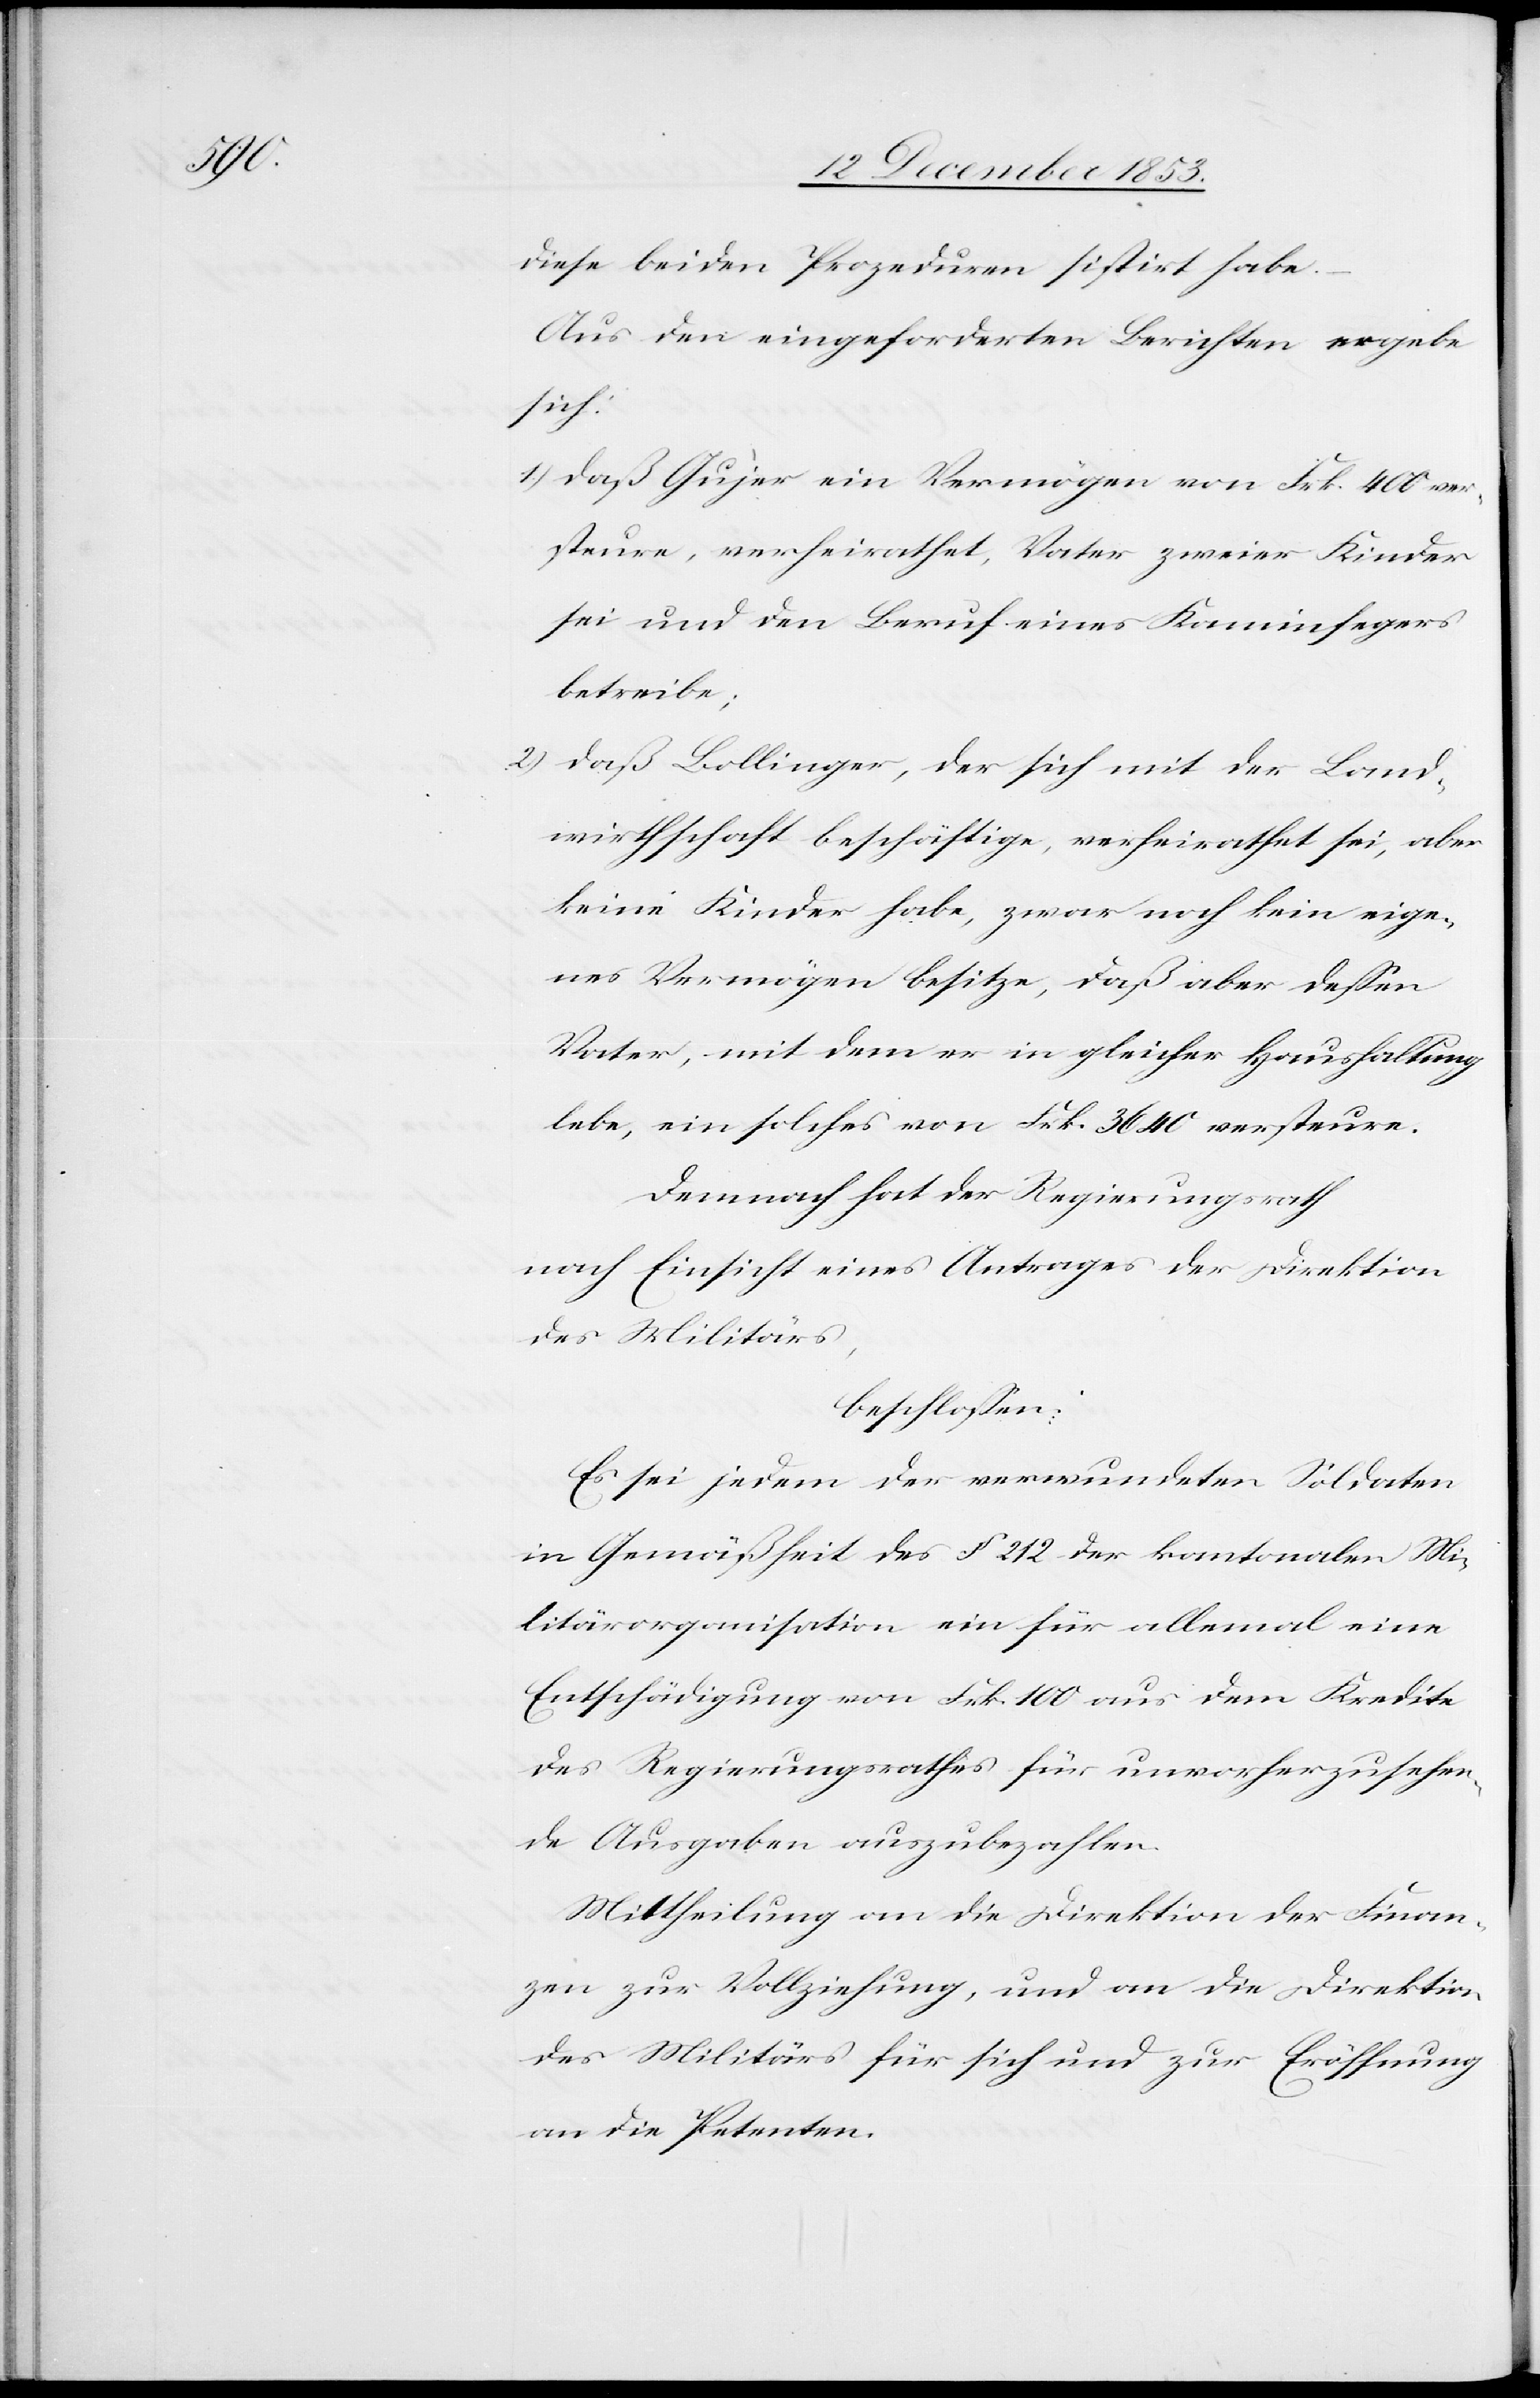
diese beiden Prozeduren sistirt habe.
Aus den eingeforderten Berichten ergebe
sich:
1.) daß Gujer ein Vermögen von Frk. 400 ver¬
steuere, verheirathet, Vater zweier Kinder
sei und den Beruf eines Kaminfegers
betreibe;
2.) daß Bollinger, der sich mit der Land¬
wirthschaft beschäftige, verheirathet sei, aber
keine Kinder habe, zwar noch kein eige¬
nes Vermögen besitze, daß aber deßen
Vater, mit dem er in gleicher Haushaltung
lebe, ein solches von Frk. 3640 versteure.
Demnach hat der Regierungsrath
nach Einsicht eines Antrages der Direktion
des Militärs,
beschloßen:
Es sei jedem der verwundeten Soldaten
in Gemäßheit des § 212 der kantonalen Mi¬
litärorganisation ein für allemal eine
Entschädigung von Frk. 100 aus dem Kredite
des Regierungsrathes für unvorherzusehen¬
de Ausgaben auszubezahlen.
Mittheilung an die Direktion der Finan¬
zen zur Vollziehung, und an die Direktion
des Militärs für sich und zur Eröffnung
an die Petenten.